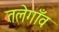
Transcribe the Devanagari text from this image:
तलेगाँव